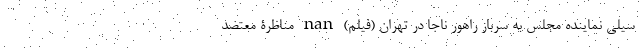
سیلی نماینده مجلس به سرباز راهور ناجا در تهران (فیلم) nan مناظرۀ معتضد